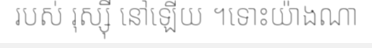
របស់ រុស្ស៊ី នៅឡើយ ។ទោះយ៉ាងណា